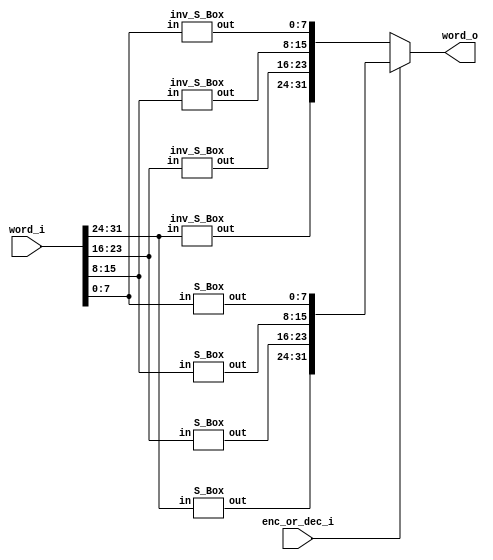
/* Module to substitute word */
module sub_word (enc_or_dec_i, word_i, word_o);

input enc_or_dec_i;
input [31:0] word_i;
output [31:0] word_o;

wire [31:0] sbox_o, inv_sbox_o;

assign word_o = (enc_or_dec_i == 1'h1) ? sbox_o : inv_sbox_o;

/* Instantiate S-Box modules to substitute bytes */
S_Box
	sbox_e1 (word_i[31:24], sbox_o[31:24]),
	sbox_e2 (word_i[23:16], sbox_o[23:16]),
	sbox_e3 (word_i[15:8],   sbox_o[15:8]),
	sbox_e4 (word_i[7:0],     sbox_o[7:0]);
	
/* Instantiate inverse S-Box modules to substitute bytes */
inv_S_Box
	inv_sbox_e1 (word_i[31:24], inv_sbox_o[31:24]),
	inv_sbox_e2 (word_i[23:16], inv_sbox_o[23:16]),
	inv_sbox_e3 (word_i[15:8],   inv_sbox_o[15:8]),
	inv_sbox_e4 (word_i[7:0],     inv_sbox_o[7:0]);

endmodule

/* S box LUT */
module S_Box (in, out);
    input [7:0] in;
    output reg [7:0] out;

    always @ (in)
    case (in)
        8'h00: out = 8'h63;
        8'h01: out = 8'h7c;
        8'h02: out = 8'h77;
        8'h03: out = 8'h7b;
        8'h04: out = 8'hf2;
        8'h05: out = 8'h6b;
        8'h06: out = 8'h6f;
        8'h07: out = 8'hc5;
        8'h08: out = 8'h30;
        8'h09: out = 8'h01;
        8'h0a: out = 8'h67;
        8'h0b: out = 8'h2b;
        8'h0c: out = 8'hfe;
        8'h0d: out = 8'hd7;
        8'h0e: out = 8'hab;
        8'h0f: out = 8'h76;
        8'h10: out = 8'hca;
        8'h11: out = 8'h82;
        8'h12: out = 8'hc9;
        8'h13: out = 8'h7d;
        8'h14: out = 8'hfa;
        8'h15: out = 8'h59;
        8'h16: out = 8'h47;
        8'h17: out = 8'hf0;
        8'h18: out = 8'had;
        8'h19: out = 8'hd4;
        8'h1a: out = 8'ha2;
        8'h1b: out = 8'haf;
        8'h1c: out = 8'h9c;
        8'h1d: out = 8'ha4;
        8'h1e: out = 8'h72;
        8'h1f: out = 8'hc0;
        8'h20: out = 8'hb7;
        8'h21: out = 8'hfd;
        8'h22: out = 8'h93;
        8'h23: out = 8'h26;
        8'h24: out = 8'h36;
        8'h25: out = 8'h3f;
        8'h26: out = 8'hf7;
        8'h27: out = 8'hcc;
        8'h28: out = 8'h34;
        8'h29: out = 8'ha5;
        8'h2a: out = 8'he5;
        8'h2b: out = 8'hf1;
        8'h2c: out = 8'h71;
        8'h2d: out = 8'hd8;
        8'h2e: out = 8'h31;
        8'h2f: out = 8'h15;
        8'h30: out = 8'h04;
        8'h31: out = 8'hc7;
        8'h32: out = 8'h23;
        8'h33: out = 8'hc3;
        8'h34: out = 8'h18;
        8'h35: out = 8'h96;
        8'h36: out = 8'h05;
        8'h37: out = 8'h9a;
        8'h38: out = 8'h07;
        8'h39: out = 8'h12;
        8'h3a: out = 8'h80;
        8'h3b: out = 8'he2;
        8'h3c: out = 8'heb;
        8'h3d: out = 8'h27;
        8'h3e: out = 8'hb2;
        8'h3f: out = 8'h75;
        8'h40: out = 8'h09;
        8'h41: out = 8'h83;
        8'h42: out = 8'h2c;
        8'h43: out = 8'h1a;
        8'h44: out = 8'h1b;
        8'h45: out = 8'h6e;
        8'h46: out = 8'h5a;
        8'h47: out = 8'ha0;
        8'h48: out = 8'h52;
        8'h49: out = 8'h3b;
        8'h4a: out = 8'hd6;
        8'h4b: out = 8'hb3;
        8'h4c: out = 8'h29;
        8'h4d: out = 8'he3;
        8'h4e: out = 8'h2f;
        8'h4f: out = 8'h84;
        8'h50: out = 8'h53;
        8'h51: out = 8'hd1;
        8'h52: out = 8'h00;
        8'h53: out = 8'hed;
        8'h54: out = 8'h20;
        8'h55: out = 8'hfc;
        8'h56: out = 8'hb1;
        8'h57: out = 8'h5b;
        8'h58: out = 8'h6a;
        8'h59: out = 8'hcb;
        8'h5a: out = 8'hbe;
        8'h5b: out = 8'h39;
        8'h5c: out = 8'h4a;
        8'h5d: out = 8'h4c;
        8'h5e: out = 8'h58;
        8'h5f: out = 8'hcf;
        8'h60: out = 8'hd0;
        8'h61: out = 8'hef;
        8'h62: out = 8'haa;
        8'h63: out = 8'hfb;
        8'h64: out = 8'h43;
        8'h65: out = 8'h4d;
        8'h66: out = 8'h33;
        8'h67: out = 8'h85;
        8'h68: out = 8'h45;
        8'h69: out = 8'hf9;
        8'h6a: out = 8'h02;
        8'h6b: out = 8'h7f;
        8'h6c: out = 8'h50;
        8'h6d: out = 8'h3c;
        8'h6e: out = 8'h9f;
        8'h6f: out = 8'ha8;
        8'h70: out = 8'h51;
        8'h71: out = 8'ha3;
        8'h72: out = 8'h40;
        8'h73: out = 8'h8f;
        8'h74: out = 8'h92;
        8'h75: out = 8'h9d;
        8'h76: out = 8'h38;
        8'h77: out = 8'hf5;
        8'h78: out = 8'hbc;
        8'h79: out = 8'hb6;
        8'h7a: out = 8'hda;
        8'h7b: out = 8'h21;
        8'h7c: out = 8'h10;
        8'h7d: out = 8'hff;
        8'h7e: out = 8'hf3;
        8'h7f: out = 8'hd2;
        8'h80: out = 8'hcd;
        8'h81: out = 8'h0c;
        8'h82: out = 8'h13;
        8'h83: out = 8'hec;
        8'h84: out = 8'h5f;
        8'h85: out = 8'h97;
        8'h86: out = 8'h44;
        8'h87: out = 8'h17;
        8'h88: out = 8'hc4;
        8'h89: out = 8'ha7;
        8'h8a: out = 8'h7e;
        8'h8b: out = 8'h3d;
        8'h8c: out = 8'h64;
        8'h8d: out = 8'h5d;
        8'h8e: out = 8'h19;
        8'h8f: out = 8'h73;
        8'h90: out = 8'h60;
        8'h91: out = 8'h81;
        8'h92: out = 8'h4f;
        8'h93: out = 8'hdc;
        8'h94: out = 8'h22;
        8'h95: out = 8'h2a;
        8'h96: out = 8'h90;
        8'h97: out = 8'h88;
        8'h98: out = 8'h46;
        8'h99: out = 8'hee;
        8'h9a: out = 8'hb8;
        8'h9b: out = 8'h14;
        8'h9c: out = 8'hde;
        8'h9d: out = 8'h5e;
        8'h9e: out = 8'h0b;
        8'h9f: out = 8'hdb;
        8'ha0: out = 8'he0;
        8'ha1: out = 8'h32;
        8'ha2: out = 8'h3a;
        8'ha3: out = 8'h0a;
        8'ha4: out = 8'h49;
        8'ha5: out = 8'h06;
        8'ha6: out = 8'h24;
        8'ha7: out = 8'h5c;
        8'ha8: out = 8'hc2;
        8'ha9: out = 8'hd3;
        8'haa: out = 8'hac;
        8'hab: out = 8'h62;
        8'hac: out = 8'h91;
        8'had: out = 8'h95;
        8'hae: out = 8'he4;
        8'haf: out = 8'h79;
        8'hb0: out = 8'he7;
        8'hb1: out = 8'hc8;
        8'hb2: out = 8'h37;
        8'hb3: out = 8'h6d;
        8'hb4: out = 8'h8d;
        8'hb5: out = 8'hd5;
        8'hb6: out = 8'h4e;
        8'hb7: out = 8'ha9;
        8'hb8: out = 8'h6c;
        8'hb9: out = 8'h56;
        8'hba: out = 8'hf4;
        8'hbb: out = 8'hea;
        8'hbc: out = 8'h65;
        8'hbd: out = 8'h7a;
        8'hbe: out = 8'hae;
        8'hbf: out = 8'h08;
        8'hc0: out = 8'hba;
        8'hc1: out = 8'h78;
        8'hc2: out = 8'h25;
        8'hc3: out = 8'h2e;
        8'hc4: out = 8'h1c;
        8'hc5: out = 8'ha6;
        8'hc6: out = 8'hb4;
        8'hc7: out = 8'hc6;
        8'hc8: out = 8'he8;
        8'hc9: out = 8'hdd;
        8'hca: out = 8'h74;
        8'hcb: out = 8'h1f;
        8'hcc: out = 8'h4b;
        8'hcd: out = 8'hbd;
        8'hce: out = 8'h8b;
        8'hcf: out = 8'h8a;
        8'hd0: out = 8'h70;
        8'hd1: out = 8'h3e;
        8'hd2: out = 8'hb5;
        8'hd3: out = 8'h66;
        8'hd4: out = 8'h48;
        8'hd5: out = 8'h03;
        8'hd6: out = 8'hf6;
        8'hd7: out = 8'h0e;
        8'hd8: out = 8'h61;
        8'hd9: out = 8'h35;
        8'hda: out = 8'h57;
        8'hdb: out = 8'hb9;
        8'hdc: out = 8'h86;
        8'hdd: out = 8'hc1;
        8'hde: out = 8'h1d;
        8'hdf: out = 8'h9e;
        8'he0: out = 8'he1;
        8'he1: out = 8'hf8;
        8'he2: out = 8'h98;
        8'he3: out = 8'h11;
        8'he4: out = 8'h69;
        8'he5: out = 8'hd9;
        8'he6: out = 8'h8e;
        8'he7: out = 8'h94;
        8'he8: out = 8'h9b;
        8'he9: out = 8'h1e;
        8'hea: out = 8'h87;
        8'heb: out = 8'he9;
        8'hec: out = 8'hce;
        8'hed: out = 8'h55;
        8'hee: out = 8'h28;
        8'hef: out = 8'hdf;
        8'hf0: out = 8'h8c;
        8'hf1: out = 8'ha1;
        8'hf2: out = 8'h89;
        8'hf3: out = 8'h0d;
        8'hf4: out = 8'hbf;
        8'hf5: out = 8'he6;
        8'hf6: out = 8'h42;
        8'hf7: out = 8'h68;
        8'hf8: out = 8'h41;
        8'hf9: out = 8'h99;
        8'hfa: out = 8'h2d;
        8'hfb: out = 8'h0f;
        8'hfc: out = 8'hb0;
        8'hfd: out = 8'h54;
        8'hfe: out = 8'hbb;
        8'hff: out = 8'h16;
    endcase
endmodule

/* Inverse S box */
module inv_S_Box (in, out);
    input [7:0] in;
    output reg [7:0] out;

    always @ (in)
    case (in)
        8'h0: out = 8'h52;
        8'h1: out = 8'h9;
        8'h2: out = 8'h6a;
        8'h3: out = 8'hd5;
        8'h4: out = 8'h30;
        8'h5: out = 8'h36;
        8'h6: out = 8'ha5;
        8'h7: out = 8'h38;
        8'h8: out = 8'hbf;
        8'h9: out = 8'h40;
        8'ha: out = 8'ha3;
        8'hb: out = 8'h9e;
        8'hc: out = 8'h81;
        8'hd: out = 8'hf3;
        8'he: out = 8'hd7;
        8'hf: out = 8'hfb;
        8'h10: out = 8'h7c;
        8'h11: out = 8'he3;
        8'h12: out = 8'h39;
        8'h13: out = 8'h82;
        8'h14: out = 8'h9b;
        8'h15: out = 8'h2f;
        8'h16: out = 8'hff;
        8'h17: out = 8'h87;
        8'h18: out = 8'h34;
        8'h19: out = 8'h8e;
        8'h1a: out = 8'h43;
        8'h1b: out = 8'h44;
        8'h1c: out = 8'hc4;
        8'h1d: out = 8'hde;
        8'h1e: out = 8'he9;
        8'h1f: out = 8'hcb;
        8'h20: out = 8'h54;
        8'h21: out = 8'h7b;
        8'h22: out = 8'h94;
        8'h23: out = 8'h32;
        8'h24: out = 8'ha6;
        8'h25: out = 8'hc2;
        8'h26: out = 8'h23;
        8'h27: out = 8'h3d;
        8'h28: out = 8'hee;
        8'h29: out = 8'h4c;
        8'h2a: out = 8'h95;
        8'h2b: out = 8'hb;
        8'h2c: out = 8'h42;
        8'h2d: out = 8'hfa;
        8'h2e: out = 8'hc3;
        8'h2f: out = 8'h4e;
        8'h30: out = 8'h8;
        8'h31: out = 8'h2e;
        8'h32: out = 8'ha1;
        8'h33: out = 8'h66;
        8'h34: out = 8'h28;
        8'h35: out = 8'hd9;
        8'h36: out = 8'h24;
        8'h37: out = 8'hb2;
        8'h38: out = 8'h76;
        8'h39: out = 8'h5b;
        8'h3a: out = 8'ha2;
        8'h3b: out = 8'h49;
        8'h3c: out = 8'h6d;
        8'h3d: out = 8'h8b;
        8'h3e: out = 8'hd1;
        8'h3f: out = 8'h25;
        8'h40: out = 8'h72;
        8'h41: out = 8'hf8;
        8'h42: out = 8'hf6;
        8'h43: out = 8'h64;
        8'h44: out = 8'h86;
        8'h45: out = 8'h68;
        8'h46: out = 8'h98;
        8'h47: out = 8'h16;
        8'h48: out = 8'hd4;
        8'h49: out = 8'ha4;
        8'h4a: out = 8'h5c;
        8'h4b: out = 8'hcc;
        8'h4c: out = 8'h5d;
        8'h4d: out = 8'h65;
        8'h4e: out = 8'hb6;
        8'h4f: out = 8'h92;
        8'h50: out = 8'h6c;
        8'h51: out = 8'h70;
        8'h52: out = 8'h48;
        8'h53: out = 8'h50;
        8'h54: out = 8'hfd;
        8'h55: out = 8'hed;
        8'h56: out = 8'hb9;
        8'h57: out = 8'hda;
        8'h58: out = 8'h5e;
        8'h59: out = 8'h15;
        8'h5a: out = 8'h46;
        8'h5b: out = 8'h57;
        8'h5c: out = 8'ha7;
        8'h5d: out = 8'h8d;
        8'h5e: out = 8'h9d;
        8'h5f: out = 8'h84;
        8'h60: out = 8'h90;
        8'h61: out = 8'hd8;
        8'h62: out = 8'hab;
        8'h63: out = 8'h0;
        8'h64: out = 8'h8c;
        8'h65: out = 8'hbc;
        8'h66: out = 8'hd3;
        8'h67: out = 8'ha;
        8'h68: out = 8'hf7;
        8'h69: out = 8'he4;
        8'h6a: out = 8'h58;
        8'h6b: out = 8'h5;
        8'h6c: out = 8'hb8;
        8'h6d: out = 8'hb3;
        8'h6e: out = 8'h45;
        8'h6f: out = 8'h6;
        8'h70: out = 8'hd0;
        8'h71: out = 8'h2c;
        8'h72: out = 8'h1e;
        8'h73: out = 8'h8f;
        8'h74: out = 8'hca;
        8'h75: out = 8'h3f;
        8'h76: out = 8'hf;
        8'h77: out = 8'h2;
        8'h78: out = 8'hc1;
        8'h79: out = 8'haf;
        8'h7a: out = 8'hbd;
        8'h7b: out = 8'h3;
        8'h7c: out = 8'h1;
        8'h7d: out = 8'h13;
        8'h7e: out = 8'h8a;
        8'h7f: out = 8'h6b;
        8'h80: out = 8'h3a;
        8'h81: out = 8'h91;
        8'h82: out = 8'h11;
        8'h83: out = 8'h41;
        8'h84: out = 8'h4f;
        8'h85: out = 8'h67;
        8'h86: out = 8'hdc;
        8'h87: out = 8'hea;
        8'h88: out = 8'h97;
        8'h89: out = 8'hf2;
        8'h8a: out = 8'hcf;
        8'h8b: out = 8'hce;
        8'h8c: out = 8'hf0;
        8'h8d: out = 8'hb4;
        8'h8e: out = 8'he6;
        8'h8f: out = 8'h73;
        8'h90: out = 8'h96;
        8'h91: out = 8'hac;
        8'h92: out = 8'h74;
        8'h93: out = 8'h22;
        8'h94: out = 8'he7;
        8'h95: out = 8'had;
        8'h96: out = 8'h35;
        8'h97: out = 8'h85;
        8'h98: out = 8'he2;
        8'h99: out = 8'hf9;
        8'h9a: out = 8'h37;
        8'h9b: out = 8'he8;
        8'h9c: out = 8'h1c;
        8'h9d: out = 8'h75;
        8'h9e: out = 8'hdf;
        8'h9f: out = 8'h6e;
        8'ha0: out = 8'h47;
        8'ha1: out = 8'hf1;
        8'ha2: out = 8'h1a;
        8'ha3: out = 8'h71;
        8'ha4: out = 8'h1d;
        8'ha5: out = 8'h29;
        8'ha6: out = 8'hc5;
        8'ha7: out = 8'h89;
        8'ha8: out = 8'h6f;
        8'ha9: out = 8'hb7;
        8'haa: out = 8'h62;
        8'hab: out = 8'he;
        8'hac: out = 8'haa;
        8'had: out = 8'h18;
        8'hae: out = 8'hbe;
        8'haf: out = 8'h1b;
        8'hb0: out = 8'hfc;
        8'hb1: out = 8'h56;
        8'hb2: out = 8'h3e;
        8'hb3: out = 8'h4b;
        8'hb4: out = 8'hc6;
        8'hb5: out = 8'hd2;
        8'hb6: out = 8'h79;
        8'hb7: out = 8'h20;
        8'hb8: out = 8'h9a;
        8'hb9: out = 8'hdb;
        8'hba: out = 8'hc0;
        8'hbb: out = 8'hfe;
        8'hbc: out = 8'h78;
        8'hbd: out = 8'hcd;
        8'hbe: out = 8'h5a;
        8'hbf: out = 8'hf4;
        8'hc0: out = 8'h1f;
        8'hc1: out = 8'hdd;
        8'hc2: out = 8'ha8;
        8'hc3: out = 8'h33;
        8'hc4: out = 8'h88;
        8'hc5: out = 8'h7;
        8'hc6: out = 8'hc7;
        8'hc7: out = 8'h31;
        8'hc8: out = 8'hb1;
        8'hc9: out = 8'h12;
        8'hca: out = 8'h10;
        8'hcb: out = 8'h59;
        8'hcc: out = 8'h27;
        8'hcd: out = 8'h80;
        8'hce: out = 8'hec;
        8'hcf: out = 8'h5f;
        8'hd0: out = 8'h60;
        8'hd1: out = 8'h51;
        8'hd2: out = 8'h7f;
        8'hd3: out = 8'ha9;
        8'hd4: out = 8'h19;
        8'hd5: out = 8'hb5;
        8'hd6: out = 8'h4a;
        8'hd7: out = 8'hd;
        8'hd8: out = 8'h2d;
        8'hd9: out = 8'he5;
        8'hda: out = 8'h7a;
        8'hdb: out = 8'h9f;
        8'hdc: out = 8'h93;
        8'hdd: out = 8'hc9;
        8'hde: out = 8'h9c;
        8'hdf: out = 8'hef;
        8'he0: out = 8'ha0;
        8'he1: out = 8'he0;
        8'he2: out = 8'h3b;
        8'he3: out = 8'h4d;
        8'he4: out = 8'hae;
        8'he5: out = 8'h2a;
        8'he6: out = 8'hf5;
        8'he7: out = 8'hb0;
        8'he8: out = 8'hc8;
        8'he9: out = 8'heb;
        8'hea: out = 8'hbb;
        8'heb: out = 8'h3c;
        8'hec: out = 8'h83;
        8'hed: out = 8'h53;
        8'hee: out = 8'h99;
        8'hef: out = 8'h61;
        8'hf0: out = 8'h17;
        8'hf1: out = 8'h2b;
        8'hf2: out = 8'h4;
        8'hf3: out = 8'h7e;
        8'hf4: out = 8'hba;
        8'hf5: out = 8'h77;
        8'hf6: out = 8'hd6;
        8'hf7: out = 8'h26;
        8'hf8: out = 8'he1;
        8'hf9: out = 8'h69;
        8'hfa: out = 8'h14;
        8'hfb: out = 8'h63;
        8'hfc: out = 8'h55;
        8'hfd: out = 8'h21;
        8'hfe: out = 8'hc;
        8'hff: out = 8'h7d;
    endcase
endmodule